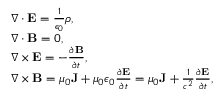
\begin{array} { r l } & { \nabla \cdot { \mathbf E } = \frac { 1 } { \epsilon _ { 0 } } \rho , } \\ & { \nabla \cdot { \mathbf B } = 0 , } \\ & { \nabla \times { \mathbf E } = - \frac { \partial { \mathbf B } } { \partial t } , } \\ & { \nabla \times { \mathbf B } = \mu _ { 0 } { \mathbf J } + \mu _ { 0 } \epsilon _ { 0 } \frac { \partial { \mathbf E } } { \partial t } = \mu _ { 0 } { \mathbf J } + \frac { 1 } { c ^ { 2 } } \frac { \partial { \mathbf E } } { \partial t } , } \end{array}